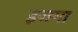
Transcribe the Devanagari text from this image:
इजमा